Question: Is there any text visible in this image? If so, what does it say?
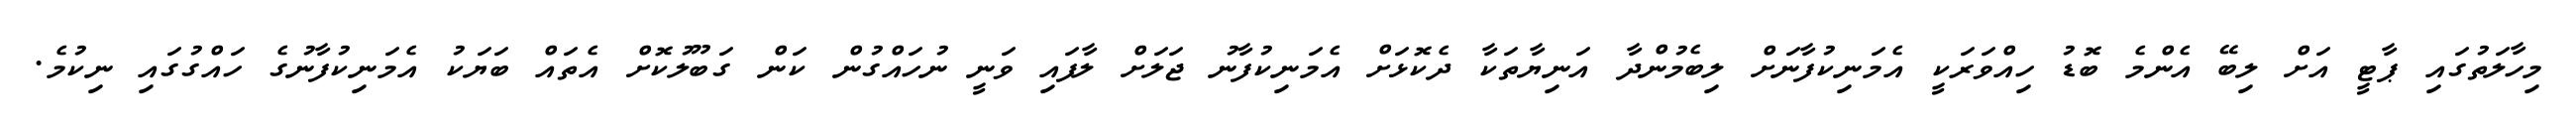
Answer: މިހާލަތުގައި ޕާޓީ އަށް ލިބޭ އެންމެ ބޮޑު ހިއްވަރަކީ އެމަނިކުފާނަށް ލިބެމުންދާ އަނިޔާތަކާ ދެކޮޅަށް އެމަނިކުފާނު ޖަލަށް ލާފައި ވަނީ ނުހައްގުން ކަން ގަބޫލުކޮށް އެތައް ބަޔަކު އެމަނިކުފާނުގެ ހައްގުގައި ނިކުމެ.